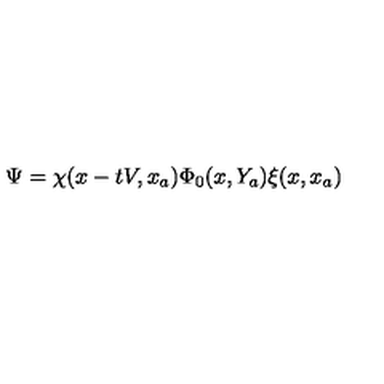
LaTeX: \Psi = \chi ( x - t V , x _ { a } ) \Phi _ { 0 } ( x , Y _ { a } ) \xi ( x , x _ { a } )